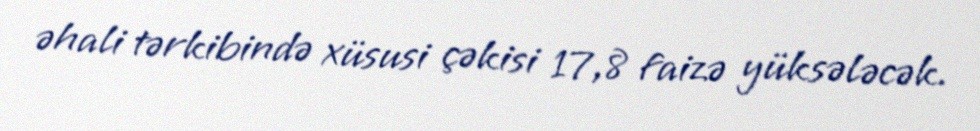
əhali tərkibində xüsusi çəkisi 17,8 faizə yüksələcək.